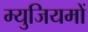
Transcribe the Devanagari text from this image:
म्युजियमों